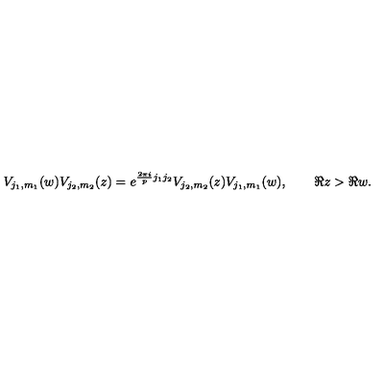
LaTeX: V _ { j _ { 1 } , m _ { 1 } } ( w ) V _ { j _ { 2 } , m _ { 2 } } ( z ) = e ^ { \frac { 2 \pi i } { p } j _ { 1 } j _ { 2 } } V _ { j _ { 2 } , m _ { 2 } } ( z ) V _ { j _ { 1 } , m _ { 1 } } ( w ) , \qquad \Re z > \Re w .